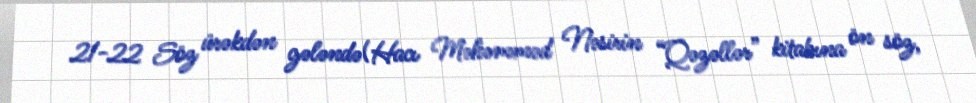
21-22 Söz ürəkdən gələndə(Hacı Məhəmməd Nəsirin “Qəzəllər” kitabına ön söz,